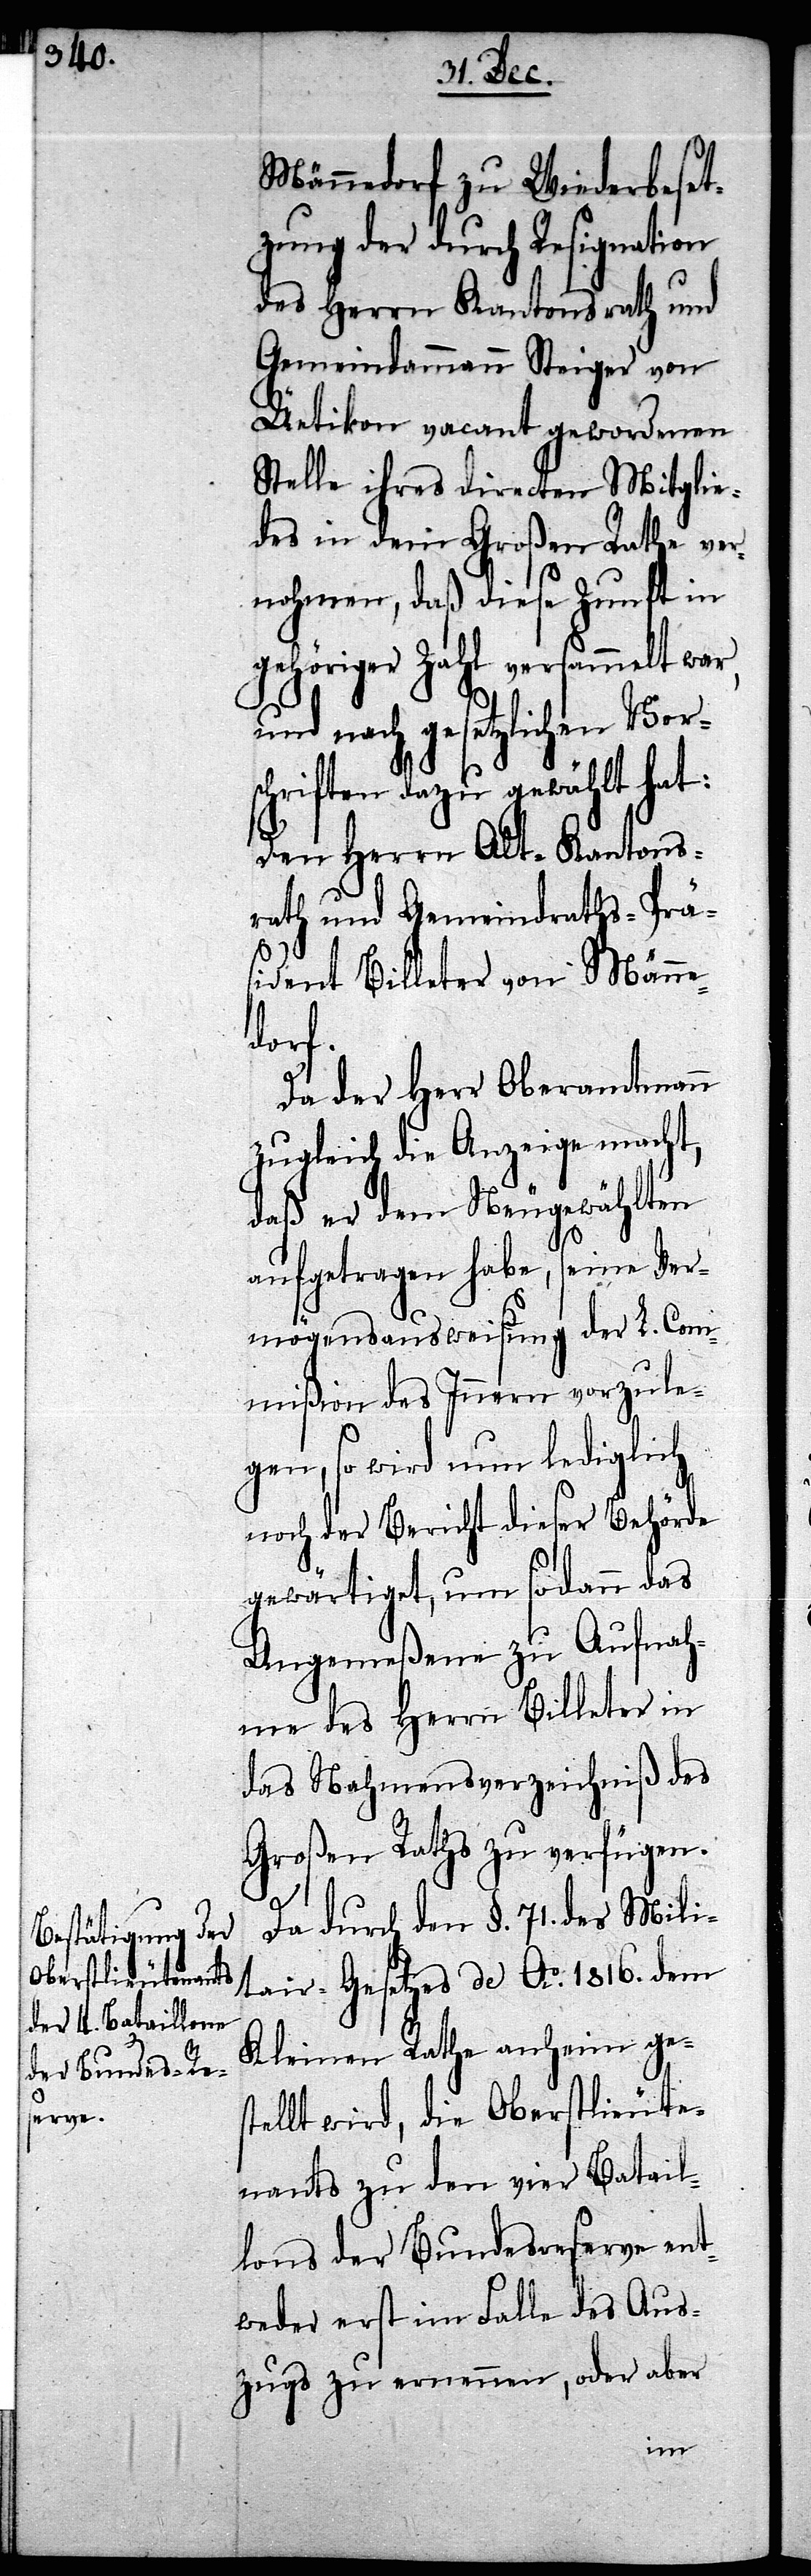
Männedorf zu Wiederbeset¬
zung der durch Resignation
des Herrn Kantonsrath und
Gemeindammann Steiger von
Üetikon vacant gewordenen
Stelle ihres directen Mitglie¬
des in dem Großen Rathe ver¬
nohmen, daß diese Zunft in
gehöriger Zahl versammelt war,
und nach gesetzlichen Vors¬
chriften dazu gewählt hat:
Den Herrn Alt-Kantons¬
rath und Gemeindraths-Prä¬
sident Billeter von Männe¬
dorf.
Da der Herr Oberamtmann
zugleich die Anzeige macht,
daß er dem Neugewählten
aufgetragen habe, seine Ver¬
mögensausweisung der L. Com¬
mißion des Innern vorzule¬
gen, so wird nun lediglich
noch der Bericht dieser Behörde
gewärtiget, um sodann das
Angemeßene zu Aufnah¬
me des Herrn Billeter in
das Nahmensverzeichniß des
Großen Raths zu verfügen.
Da durch den §. 71. des Mili¬
tair-Gesetzes de Ao. 1816. dem
Kleinen Rathe anheim ges¬
tellt wird, die Oberstlieute¬
nants zu den vier Batail¬
lons der Bundesreserve ent¬
weder erst im Falle des Aus¬
zuges zu ernennen, oder aber